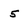
Character: 5